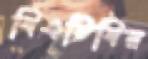
বিএটিবির